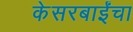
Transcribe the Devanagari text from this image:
केसरबाईंचा